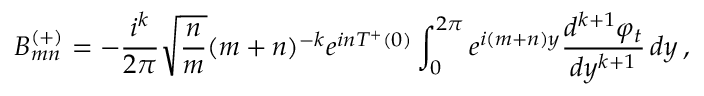
B _ { m n } ^ { ( + ) } = - { \frac { i ^ { k } } { 2 \pi } } \sqrt { { \frac { n } { m } } } ( m + n ) ^ { - k } e ^ { i n T ^ { + } ( 0 ) } \int _ { 0 } ^ { 2 \pi } e ^ { i ( m + n ) y } { \frac { d ^ { k + 1 } \varphi _ { t } } { d y ^ { k + 1 } } } \, d y \, ,